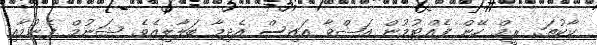
ކާކުތަ.. ރީމް ހޭން ފެއްޓުމުން އަޝްވާ އައިސް އެދިމާ ބަލާލިއެވެ. ޝަނުމް ފެނުމާއި